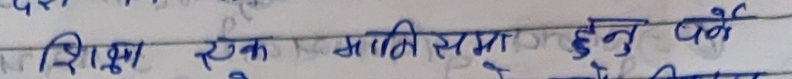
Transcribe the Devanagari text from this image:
शिक्षा ऐक आगि समना हुनु पर्ने